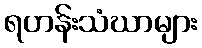
ရဟန်းသံဃာများ